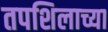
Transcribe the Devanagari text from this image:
तपशिलाच्या